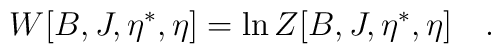
W[B,J,\eta^\ast,\eta] = \ln  Z[B,J,\eta^\ast,\eta]  \quad .